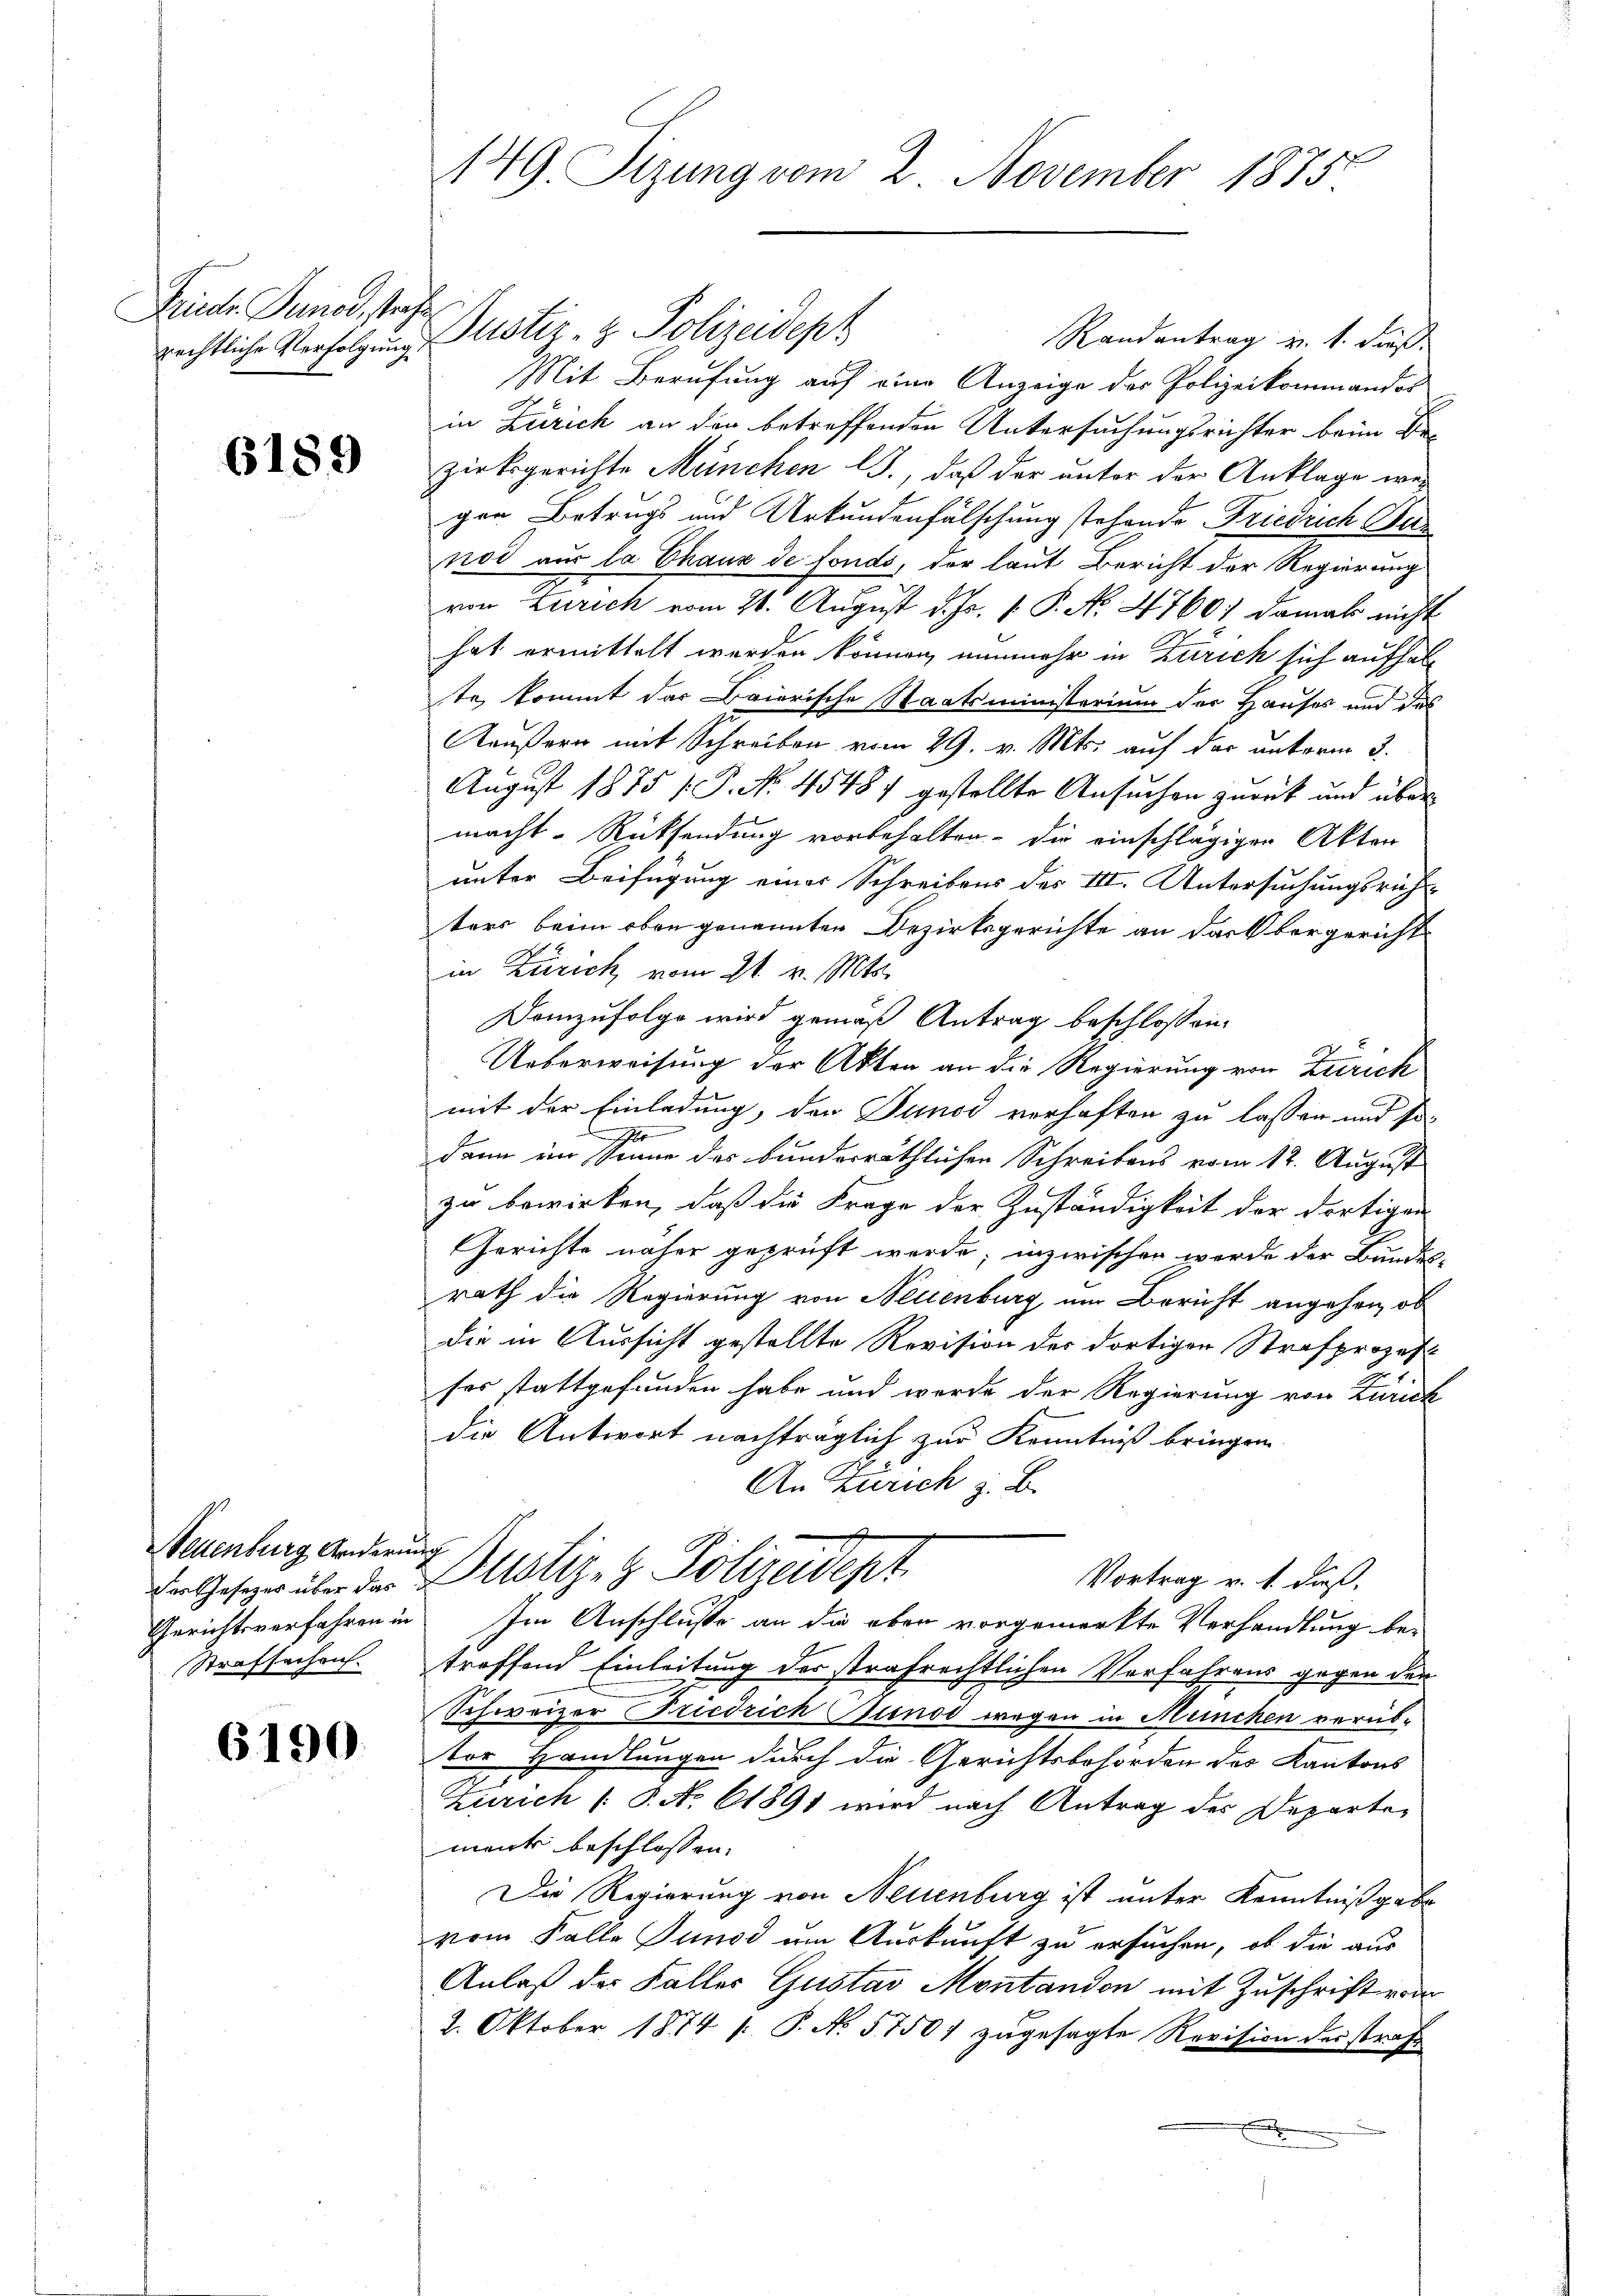
Fruder Junod, strachte
rechtliche Verfolgung.

6189

Neuenburg Griderung
des Gesetzes über das

6190

149. Sizung vom 2. November 1875.

Justiz- & Polizeidept
Randantrag v. 1. dieß
Mit Berufung auf eine Anzeige des Polizeikommandos
in Zürich an den betreffenden Untersuchungsrichter beim Bezirksgerichte München lJ., daß der unter der Anklage weg
gen Betrugs und Urkundenfälschung stehende Friedrich Bas
nod aus la Chaux de fonds, der laut Bericht der Regierung
von Zürich vom 20. August d. Js. v. P. No. 4760) damal nicht
hat ermittelt werden können, nunmehr in Zürich sich aufhalte, kommt das Baierische Staatsministerium der Hauses und des
Käußern mit Schreiben vom 29. v. Mts. auf der unterm 3.
August 1875 V. P. No. 45487 gestellte Ansuchen zurück und über
macht. Rücksendung vorbehalten, die einschlägigen Akten
unter Beifügung einer Schreibens des III. Untersuchungsrich
ters beim oben genannten Bezirksgerichte an dark bergerichtin Zürich vom 21. v. Mts.
Demzufolge wird gemäß Antrag beschloßen,
Ueberweisung der Akten an die Regierung von Zürich
mit der Einladung, den Junod verhaften zu lassen und se
2
.
dann im Sinne des bunderräthlichen Schreibens vom 12. August
zu bewirken, daß die Frage der Zuständigkeit der dortigen
Gerichte näher geprüft werde; inzwischen werde der Bundes-
rath die Regierung von Neuenburg um Bericht angehen, ob
die in Aussicht gestellte Revision der dortigen Strafprozessos stattgefunden habe und werde der Regierung von Zürich
die Antwort nachträglich zur Kenntniß bringen
An Zürich z. B.
Bustiz- & Polizeidept.
Vortrag v. 1. daß,
Gerichtsverfahren in Im Anschluße an die oben vorgemerkte Verhandlung be-
Strafsachen treffend Einleitung der strafrechtlichen Verfahrens gegen der
Schweizer Friedrich Stund wegen in Meinchen verübtor Handlungen durch die Gerichtsbehörden des Kantons
Zürich (S. No. 61891 wird nach Antrag des Departe-
ment beschlossen:
Die Regierung von Neuenburg ist unter Kenntnißgabe
vom Falle Sunst um Auskunft zu ersuchen, ob die aus
Anlaß der Faller Gustav Montandon mit Zuschrift vom
2. Oktober 1874 /: P. N. 57507 zugesagte Revision desstraß
x